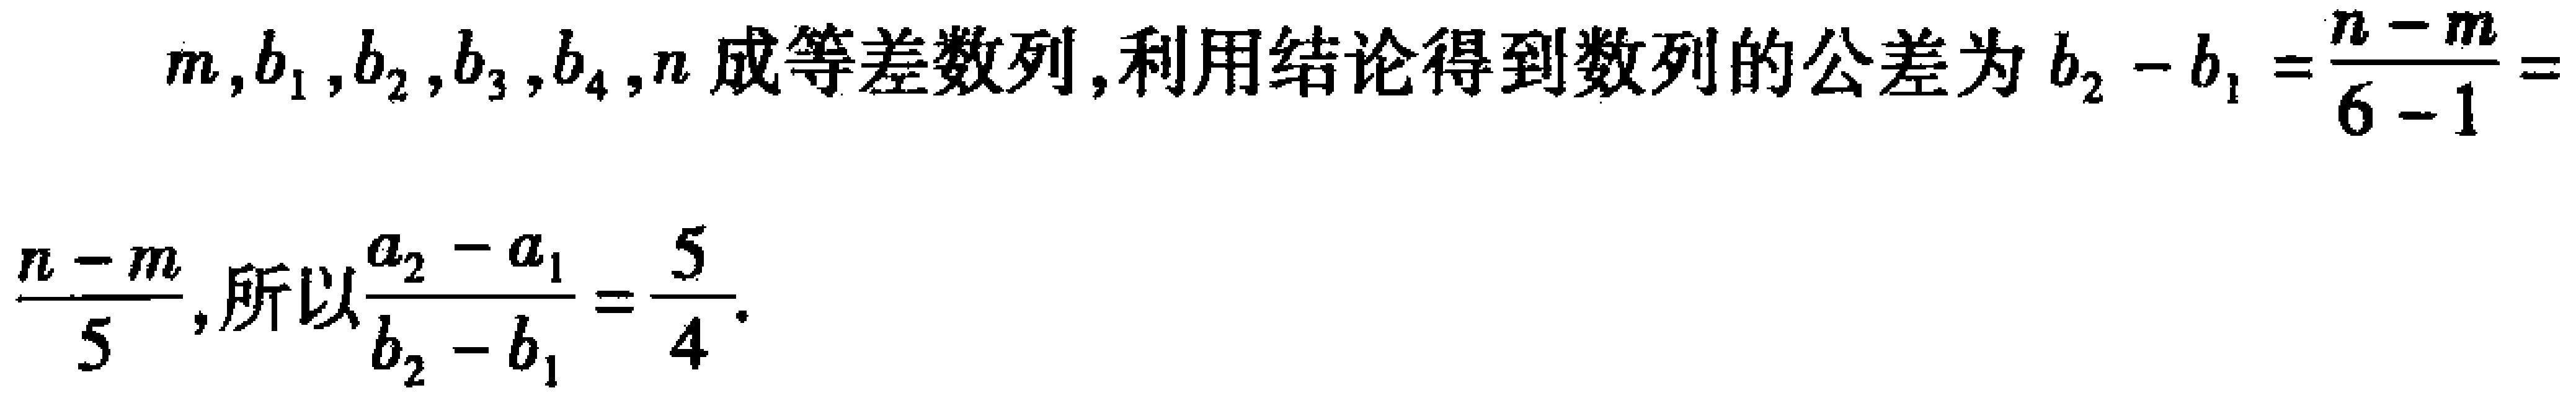
\(m,b_{1},b_{2},b_{3},b_{4},n\)成等差数列,利用结论得到数列的公差为\(b_{2}-b_{1}=\frac{n - m}{6 - 1}=\frac{n - m}{5}\),所以\(\frac{a_{2}-a_{1}}{b_{2}-b_{1}}=\frac{5}{4}\).